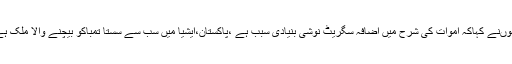
انہوںنے کہاکہ اموات کی شرح میں اضافہ سگریٹ نوشی بنیادی سبب ہے ،پاکستان،ایشیا میں سب سے سستا تمباکو بیچنے والا ملک ہے۔